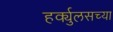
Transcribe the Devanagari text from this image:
हर्क्युलसच्या